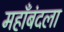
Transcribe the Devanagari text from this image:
महाँबंदला